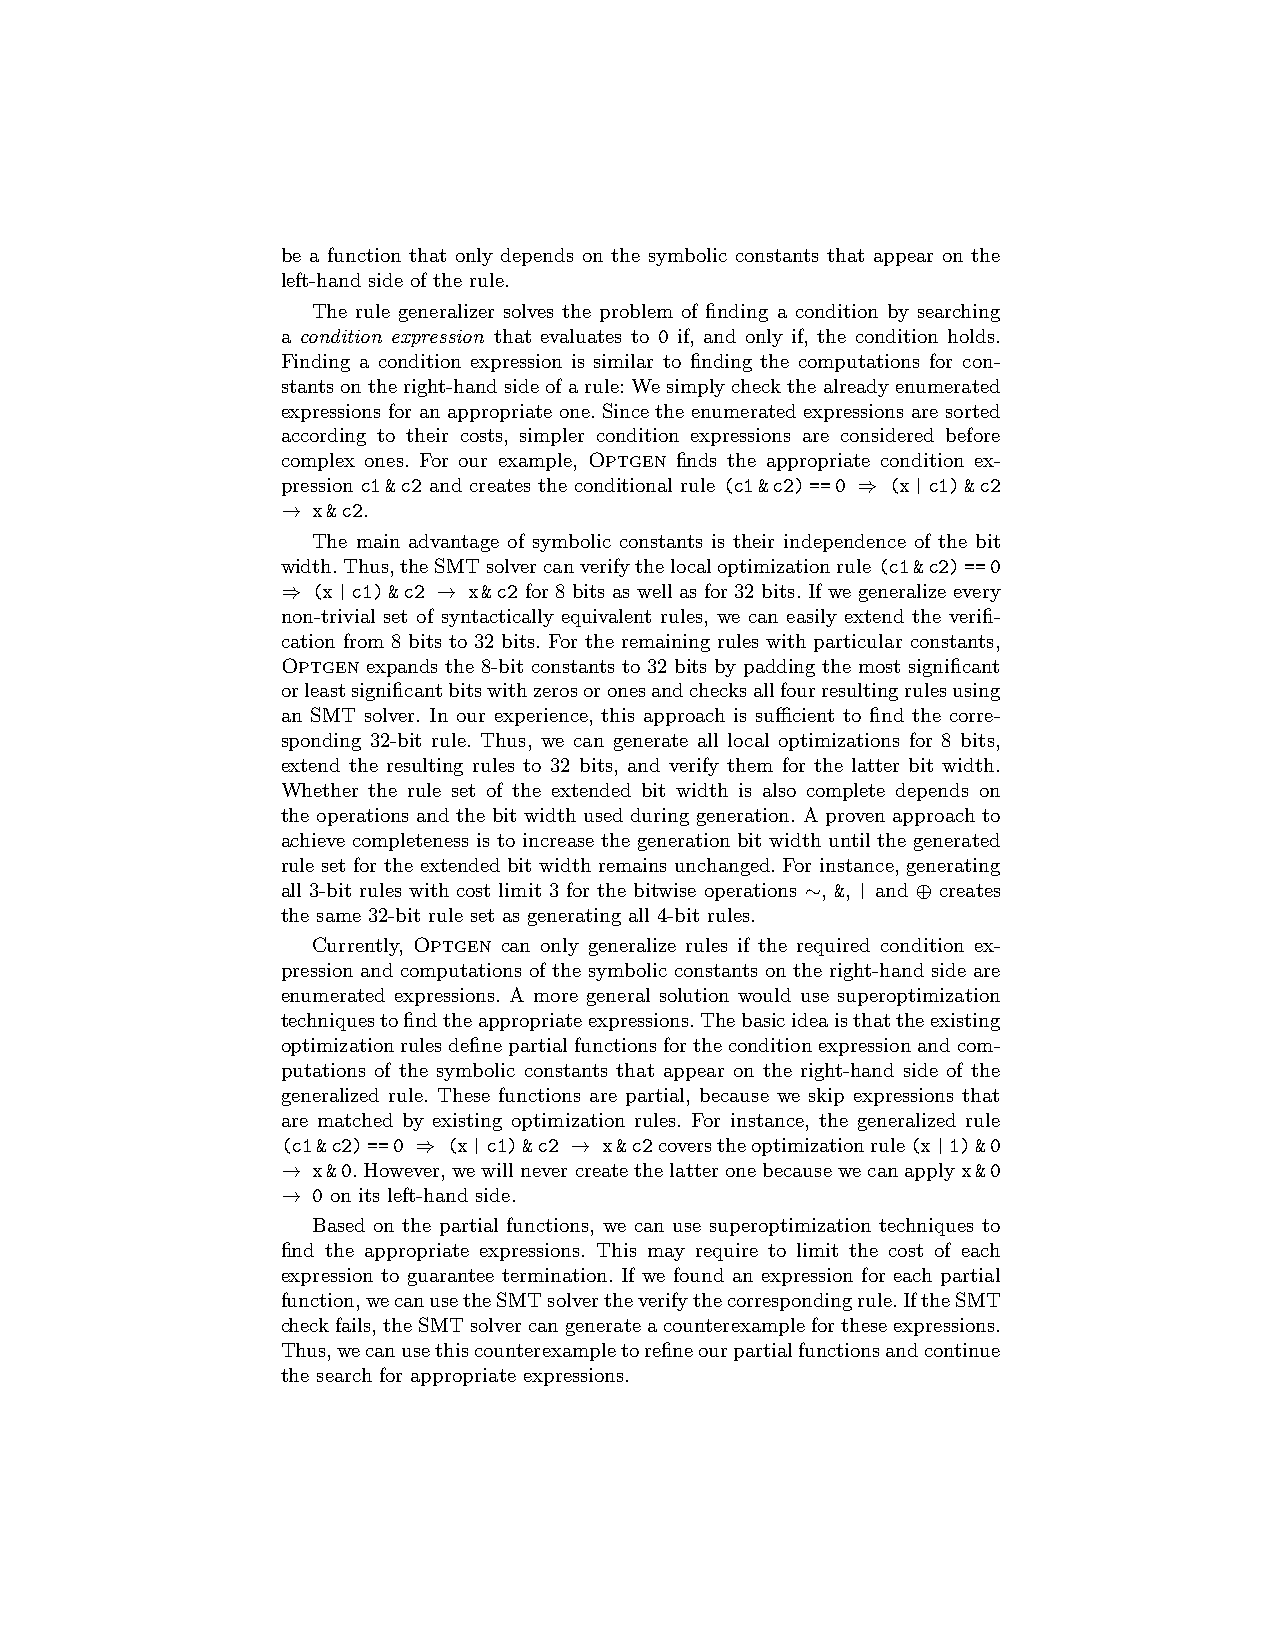
be a function that only depends on the symbolic constants that appear on the
 left-hand side of the rule.
 The rule generalizer solves the problem of finding a condition by searching
 a condition expression that evaluates to 0 if, and only if, the condition holds.
 Finding a condition expression is similar to finding the computations for con-
 stantsontheright-handsideofarule:Wesimplycheckthealreadyenumerated
 expressions for an appropriate one. Since the enumerated expressions are sorted
 according to their costs, simpler condition expressions are considered before
 complex ones. For our example, Optgen finds the appropriate condition ex-
 pression c1&c2 and creates the conditional rule (c1&c2)==0 ⇒ (x|c1)&c2
 → x&c2.
 The main advantage of symbolic constants is their independence of the bit
 width.Thus,theSMTsolvercanverifythelocaloptimizationrule(c1&c2)==0
 ⇒ (x|c1)&c2 → x&c2 for 8 bits as well as for 32 bits. If we generalize every
 non-trivial set of syntactically equivalent rules, we can easily extend the verifi-
 cation from 8 bits to 32 bits. For the remaining rules with particular constants,
 Optgen expands the 8-bit constants to 32 bits by padding the most significant
 orleastsignificantbitswithzerosoronesandchecksallfourresultingrulesusing
 an SMT solver. In our experience, this approach is sufficient to find the corre-
 sponding 32-bit rule. Thus, we can generate all local optimizations for 8 bits,
 extend the resulting rules to 32 bits, and verify them for the latter bit width.
 Whether the rule set of the extended bit width is also complete depends on
 the operations and the bit width used during generation. A proven approach to
 achieve completeness is to increase the generation bit width until the generated
 rule set for the extended bit width remains unchanged. For instance, generating
 all 3-bit rules with cost limit 3 for the bitwise operations ∼, &, | and ⊕ creates
 the same 32-bit rule set as generating all 4-bit rules.
 Currently, Optgen can only generalize rules if the required condition ex-
 pression and computations of the symbolic constants on the right-hand side are
 enumerated expressions. A more general solution would use superoptimization
 techniquestofindtheappropriateexpressions.Thebasicideaisthattheexisting
 optimizationrulesdefinepartialfunctionsfortheconditionexpressionandcom-
 putations of the symbolic constants that appear on the right-hand side of the
 generalized rule. These functions are partial, because we skip expressions that
 are matched by existing optimization rules. For instance, the generalized rule
 (c1&c2)==0 ⇒ (x|c1)&c2 → x&c2coverstheoptimizationrule(x|1)&0
 → x&0.However,wewillnevercreatethelatteronebecausewecanapplyx&0
 → 0 on its left-hand side.
 Based on the partial functions, we can use superoptimization techniques to
 find the appropriate expressions. This may require to limit the cost of each
 expression to guarantee termination. If we found an expression for each partial
 function,wecanusetheSMTsolvertheverifythecorrespondingrule.IftheSMT
 checkfails,theSMTsolvercangenerateacounterexamplefortheseexpressions.
 Thus,wecanusethiscounterexampletorefineourpartialfunctionsandcontinue
 the search for appropriate expressions.